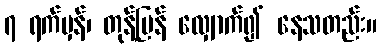
၇ ရက်မှန်၊ တုန့်ပြန် လျှောက်၍ နေသတည်း။